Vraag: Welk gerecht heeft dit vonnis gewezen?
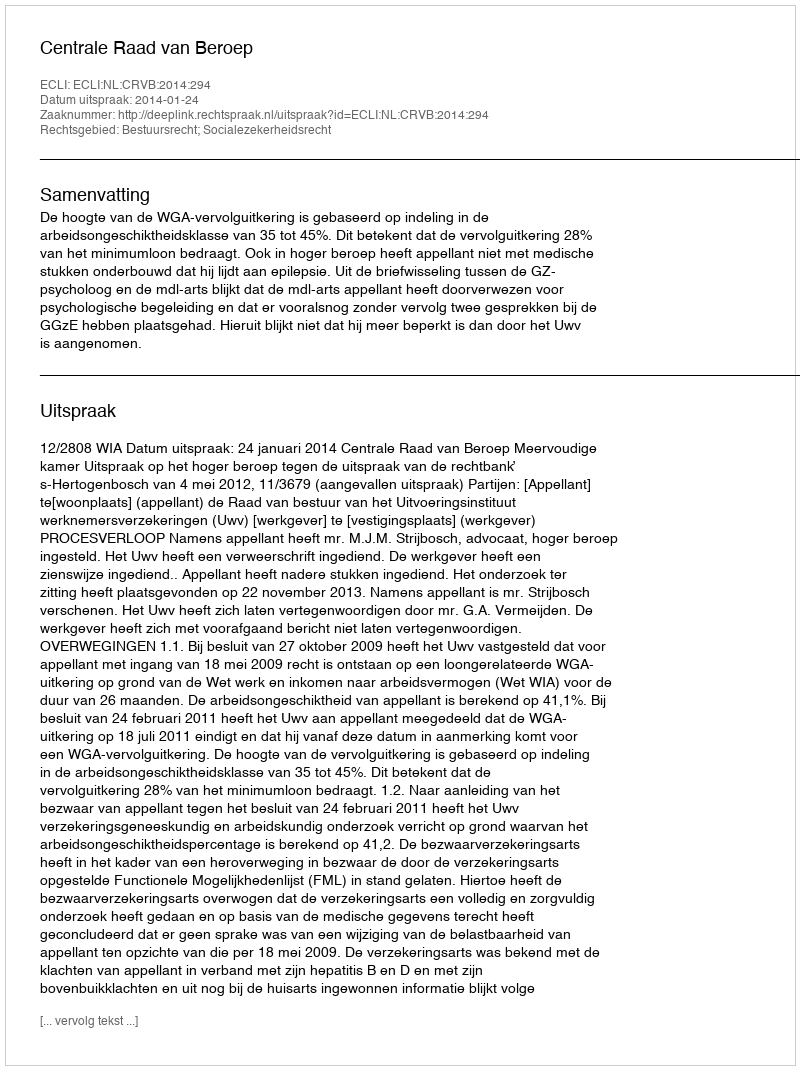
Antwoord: Centrale Raad van Beroep